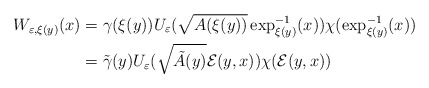
\begin{align*}W_{\varepsilon,\xi(y)}(x) & =\gamma(\xi(y))U_{\varepsilon}(\sqrt{A(\xi(y))}\exp_{\xi(y)}^{-1}(x))\chi(\exp_{\xi(y)}^{-1}(x))\\& =\tilde{\gamma}(y)U_{\varepsilon}(\sqrt{\tilde{A}(y)}\mathcal{E}(y,x))\chi(\mathcal{E}(y,x))\end{align*}